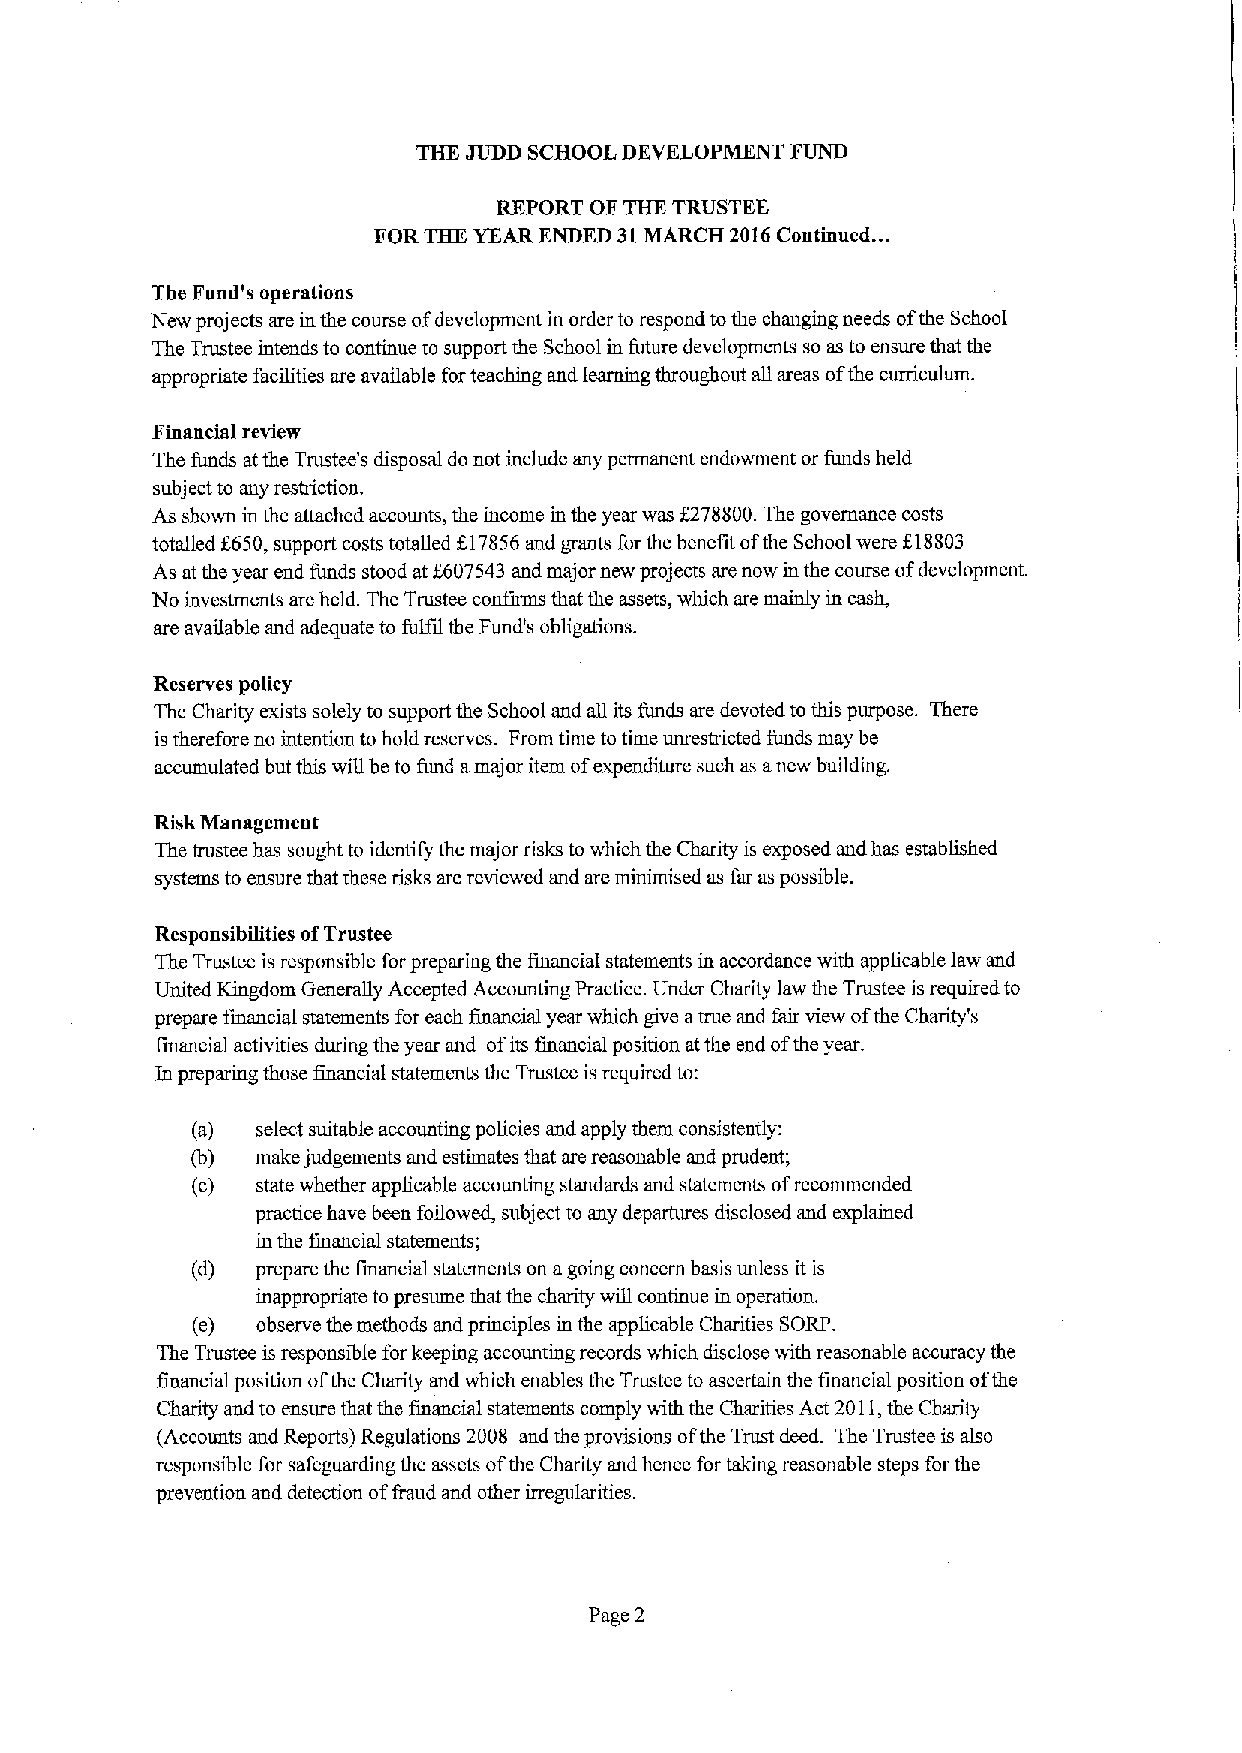
THE JUDD SCHOOL DEVELOPMENT FUND
 REPORT OF THE TRUSTEE
 ..
 FOR THE YEAR ENDED 31MARCH 2016Continued.
 The Fund's operations
 New projects are in the course ofdevelopment in order to respond tothe changing needs ofthe School
 The Trustee intends to continue to support the School in future developments so as to ensure that the
 appropriate facilities are available forteaching and learning throughout all areas ofthe curriculum.
 Financial review
 The funds atthe Trustee's disposal do not include any permanent endowment or funds held
 subject to any restriction.
 As shown in the attached accounts, the income in the year was f278800. The governance costs
 totalled f650, support costs totalled f17856and grants for the benefit ofthe School were 618803
 As at the year end funds stood at f607543 and major new projects are now in the course ofdevelopment.
 No investments are held. The Trustee confirms that the assets, which are mainly in cash,
 are available and adequate to fulfil the Fund's obligations.
 Reserves policy
 The Charity exists solely to support the School and all its funds are devoted to this purpose. There
 is therefore no intention to hold reserves. From time to thne unrestricted funds may be
 accmnulated but tins wiU be to fund amajor item ofexpenditure such as anew building.
 Risk Management
 The trustee has sought to identify the major risks to which the Charity is exposed and has established
 systems to ensure that these risks are reviewed and are minmtised as far as possible.
 Responsibilities ofTrustee
 The Trustee isresponsible forpreparing the financial statements in accordance with applicable law and
 United Kingdom Generally Accepted Accounting Practice. Under Charity law the Trustee is required to
 prepare financial statements for each financial year which give atrue and fair view ofthe Charity's
 financial activities during the year and ofits financial position atthe end ofthe year.
 In preparing those financial statements the Trustee is required to:
 (a) select suitable accounting policies and apply them consistently:
 (b) make judgements and estimates that are reasonable and prudent;
 (c) state whether applicable accounting standards and statements ofrecommended
 practice have been followed, subject to any departures disclosed and explained
 in the financial statements;
 (d) prepare the financial statements on agoing concern basis unless itis
 inappropriate to presume that the charity will continue in operation.
 (e) observe the methods and principles in the applicable Charities SORP.
 The Trustee is responsible for keeping accounting records which disclose with reasonable accuracy the
 financial position ofthe Charity and which enables the Trustee to ascertain the fmancial position ofthe
 Charity and to ensure that the financial statements comply with the Charities Act 2011,the Charity
 (Accounts and Reports) Regulations 2008 and the provisions ofthe Trust deed. The Trustee is also
 responsible for safeguarding the assets ofthe Charity and hence for taking reasonable steps for the
 prevention and detection offraud and other irregularities.
 Page 2